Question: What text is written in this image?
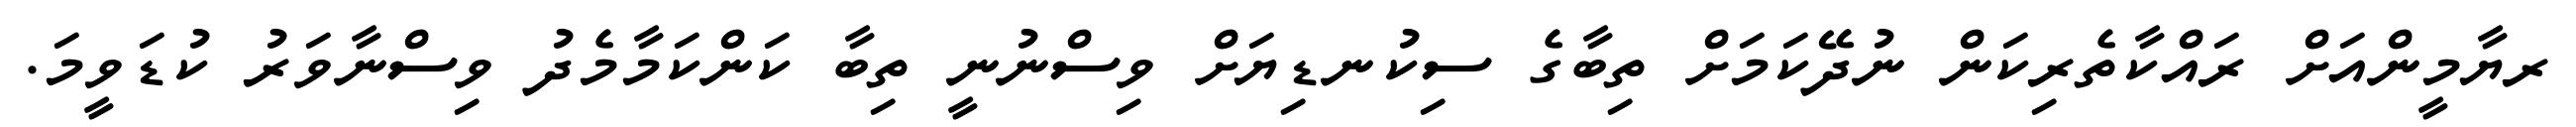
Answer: ރޔާމީންއަށް ރައްކާތެރިކަން ނުދޭކަމަށް ތިބާގެ ސިކުނޑިޔަށް ވިސްނުނީ ތިބާ ކަންކަމާމެދު ވިސްނާވަރު ކުޑަވީމަ.